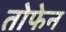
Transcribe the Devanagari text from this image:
तोफेन